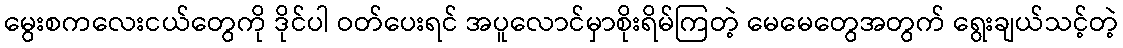
မွေးစကလေးငယ်တွေကို ဒိုင်ပါ ဝတ်ပေးရင် အပူလောင်မှာစိုးရိမ်ကြတဲ့ မေမေတွေအတွက် ရွေးချယ်သင့်တဲ့